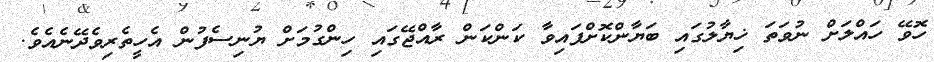
ހޮވޭ ހައްލަށް ނުވަތަ ޚިޔާލުގައި ބަޔާންކޮށްފައިވާ ކަންކަން ރާއްޖޭގައި ހިންގުމަށް ޔުނިސެފުން އެހީތެރިވެދޭނެއެވެ.